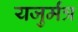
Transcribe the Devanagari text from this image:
यजुर्मंत्र